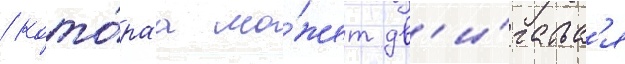
/ кото́раа мо́жет дв'и́гатьс'я